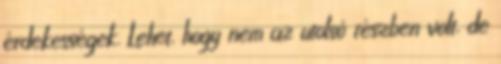
érdekességek. Lehet, hogy nem az utolsó részben volt, de